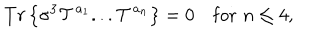
LaTeX: T r \left\{ \sigma ^ { 3 } { \cal T } ^ { a _ { 1 } } . . . { \cal T } ^ { a _ { n } } \right\} = 0 \quad \mathrm { f o r } \, \, n \leq 4 ,